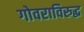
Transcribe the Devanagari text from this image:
गोवराविरुद्ध